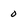
Character: 0